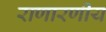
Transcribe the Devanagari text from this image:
राणारणीय